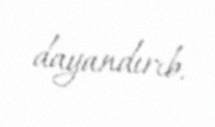
dayandırıb.